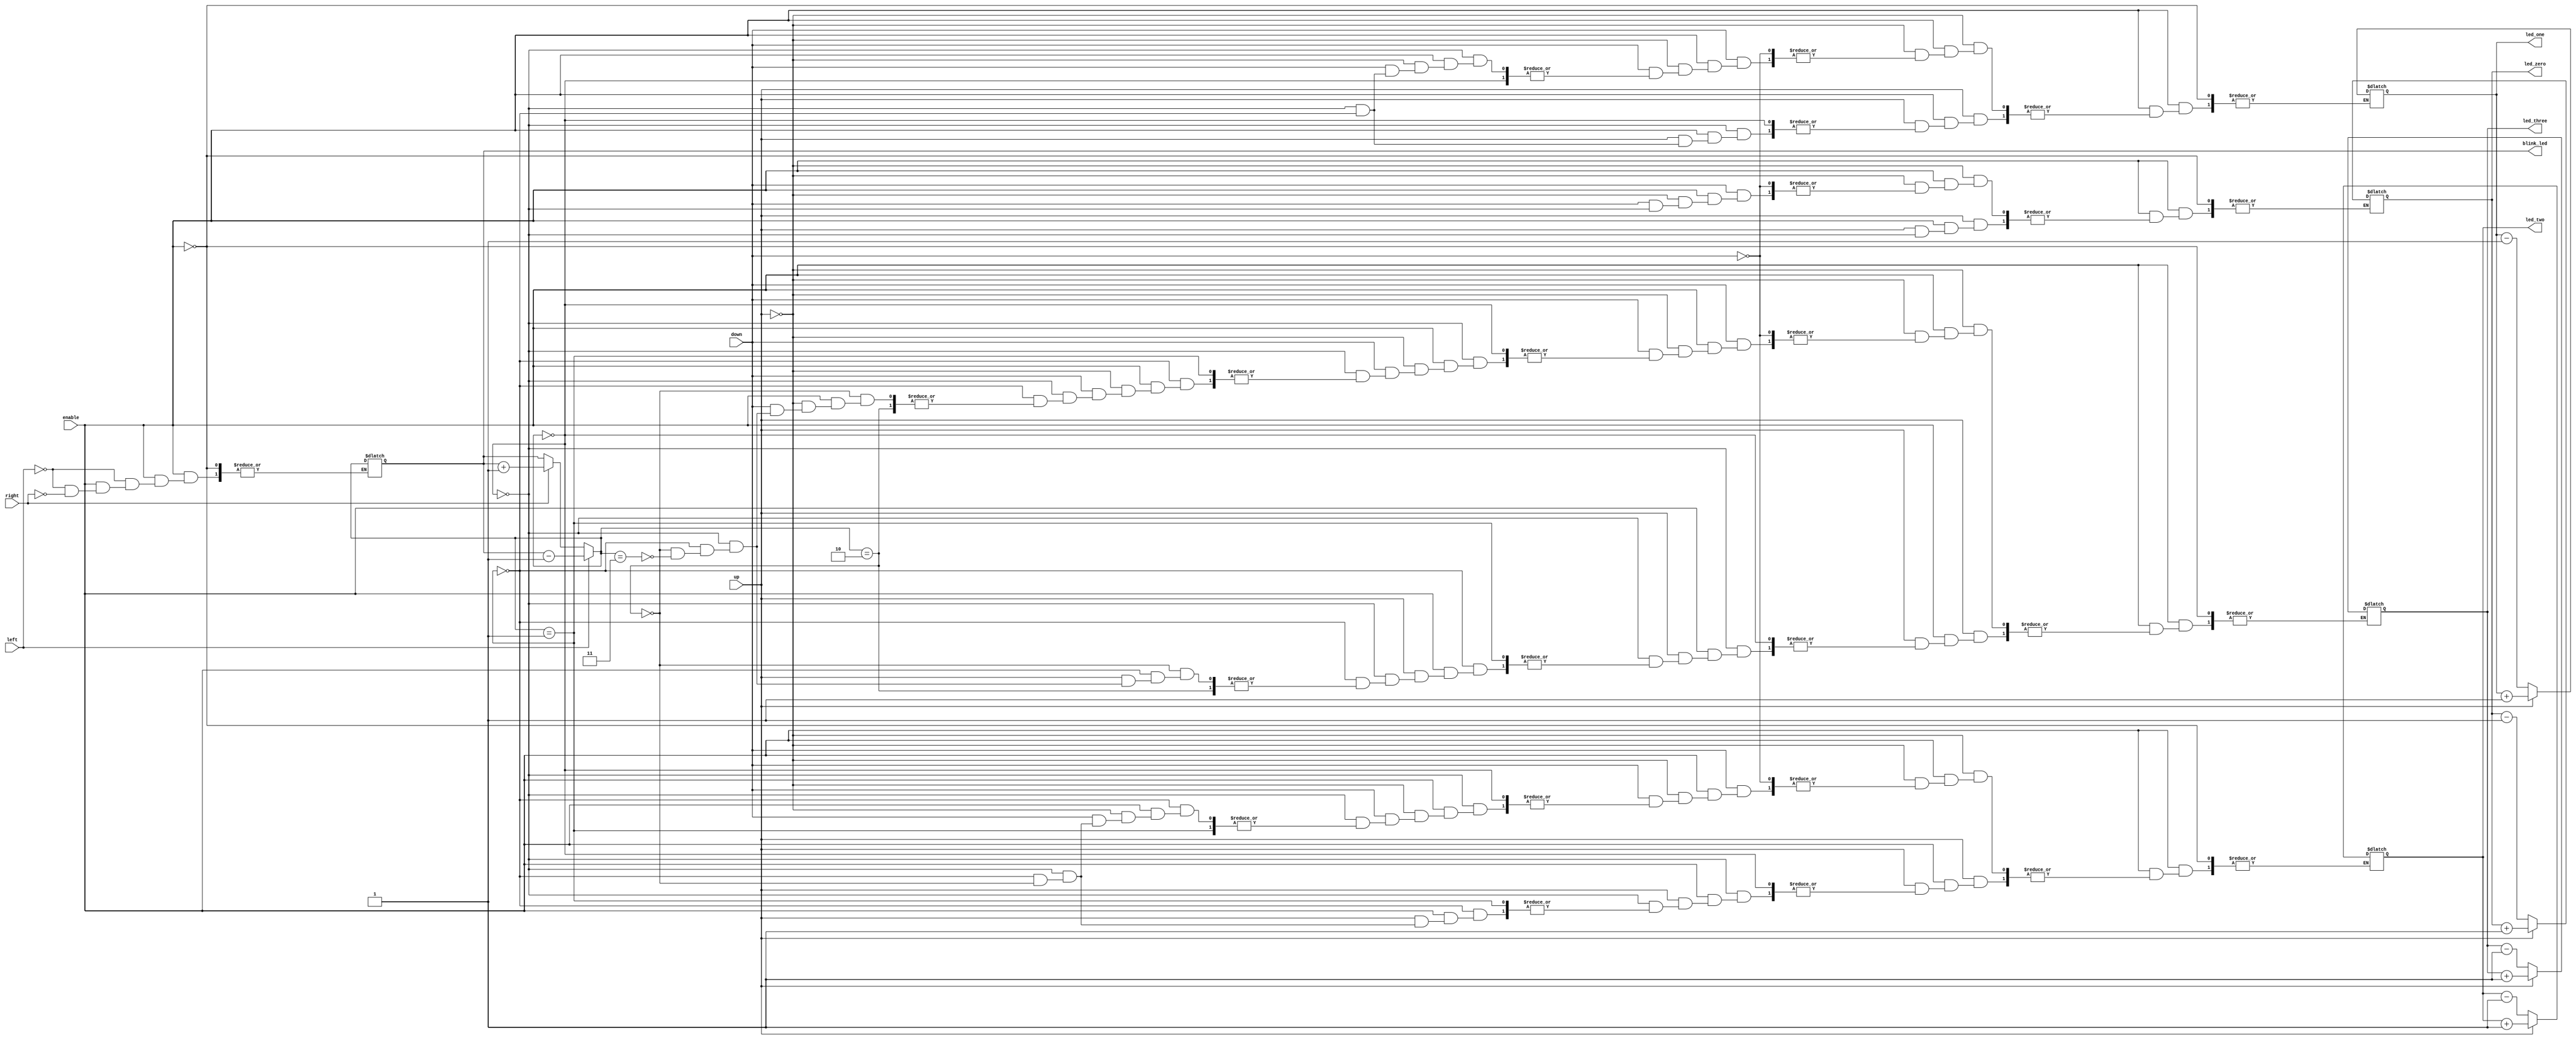
`timescale 1ns / 1ps

module guess(
    input enable,
    input left,
    input right,
    input up,
    input down,
    output reg [2:0] led_zero,
    output reg [2:0] led_one,
    output reg [2:0] led_two,
    output reg [2:0] led_three,
    output reg [1:0] blink_led // which led should be blinking
);

    initial begin
        led_zero = 0;
        led_one = 0;
        led_two = 0;
        led_three = 0;
        blink_led = 0;
    end

    always @(enable or left or right or up or down) begin
        if (enable) begin 
            // Handle changing led
            if (left)
                blink_led = blink_led - 'b1;
            else if (right)
                blink_led = blink_led + 'b1;
            
            // Handle changing color
            if (up) begin
                if (blink_led == 0)
                    led_zero = led_zero + 'b1;
                else if (blink_led == 1)
                    led_one = led_one + 'b1;
                else if (blink_led == 2)
                    led_two = led_two + 'b1;
                else if (blink_led == 3)
                    led_three = led_three + 'b1;
            end

            else if (down) begin
                if (blink_led == 0)
                    led_zero = led_zero - 'b1;
                else if (blink_led == 1)
                    led_one = led_one - 'b1;
                else if (blink_led == 2)
                    led_two = led_two - 'b1;
                else if (blink_led == 3)
                    led_three = led_three - 'b1;
            end
        end
    end

endmodule